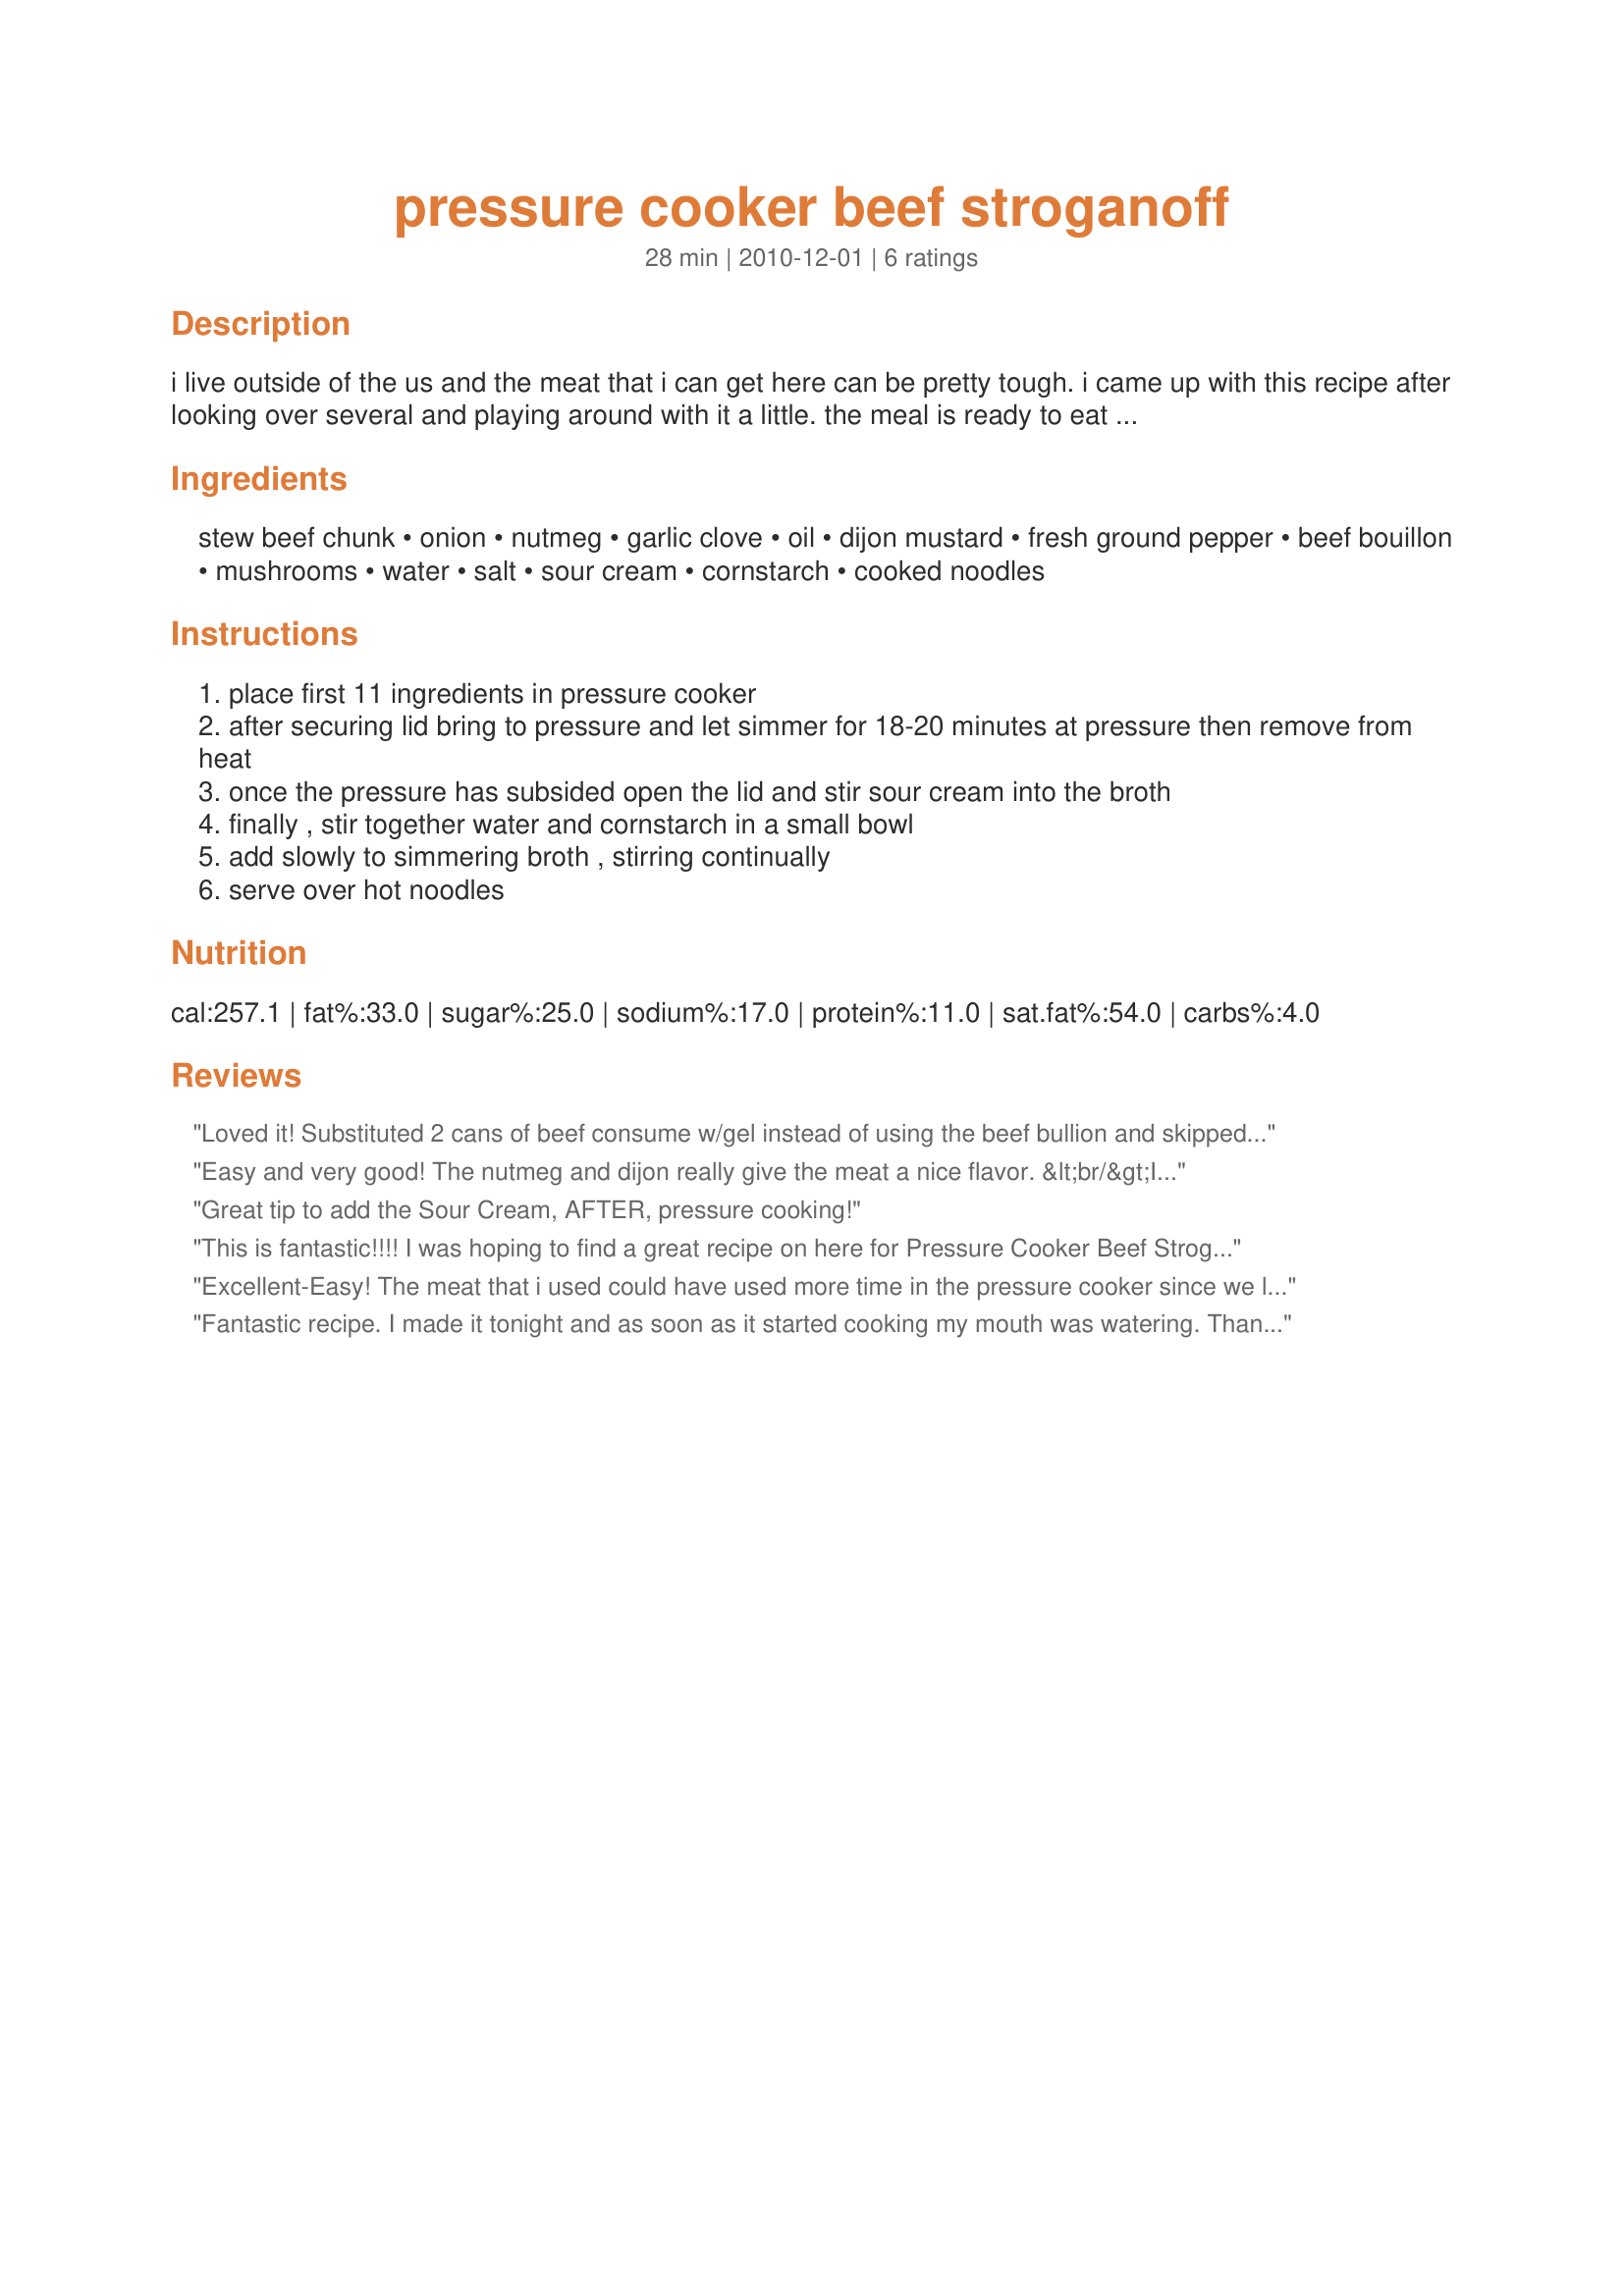
pressure cooker beef stroganoff
Preparation time: 28 minutes

i live outside of the us and the meat that i can get here can be pretty tough. i came up with this recipe after looking over several and playing around with it a little. the meal is ready to eat in about 30 minutes and the meat is fork tender. hope you enjoy it as much as i do.

Ingredients:
stew beef chunk, onion, nutmeg, garlic clove, oil, dijon mustard, fresh ground pepper, beef bouillon, mushrooms, water, salt, sour cream, cornstarch, cooked noodles

Steps:
place first 11 ingredients in pressure cooker
after securing lid bring to pressure and let simmer for 18-20 minutes at pressure then remove from heat
once the pressure has subsided open the lid and stir sour cream into the broth
finally , stir together water and cornstarch in a small bowl
add slowly to simmering broth , stirring continually
serve over hot noodles

Reviews:
Loved it! Substituted 2 cans of beef consume w/gel instead of using the beef bullion and skipped the water. Also used yogurt instead of the sour cream and had cream cheese in the house so added 1/4 cup of that too. Super yummy on home made egg noodles.
Easy and very good! The nutmeg and dijon really give the meat a nice flavor. &lt;br/&gt;I used garden vegetable bouillon, I didn&#039;t use mushrooms (didn&#039;t have any), and I used Greek Yogurt instead of sour cream, and lot less than the recipe called for, since it&#039;s all that was left in the container.&lt;br/&gt;The only thing I&#039;ll change next time is I&#039;ll use a lot less cornstarch for thickening. The sauce felt a bit gritty because of all the cornstarch.
Great tip to add the Sour Cream, AFTER, pressure cooking!
This is fantastic!!!! I was hoping to find a great recipe on here for Pressure Cooker Beef Stroganoff, and this is IT!! I made this as a special meal for our foreign exchange students because one of them liked it, however they ended up not coming home tonight for dinner, but those of us here LOVED it, and I would even say this is the BEST I have ever had. Thank you so much for a fast, great repeater! :)
Excellent-Easy! The meat that i used could have used more time in the pressure cooker since we like our beef super soft and falling apart. Also, this was a bit bland so next time i will add more pepper and salt. Overall everyone liked this and i will make again./ Thanks Mary
Fantastic recipe. I made it tonight and as soon as it started cooking my mouth was watering. Thanks for being so inventive.
